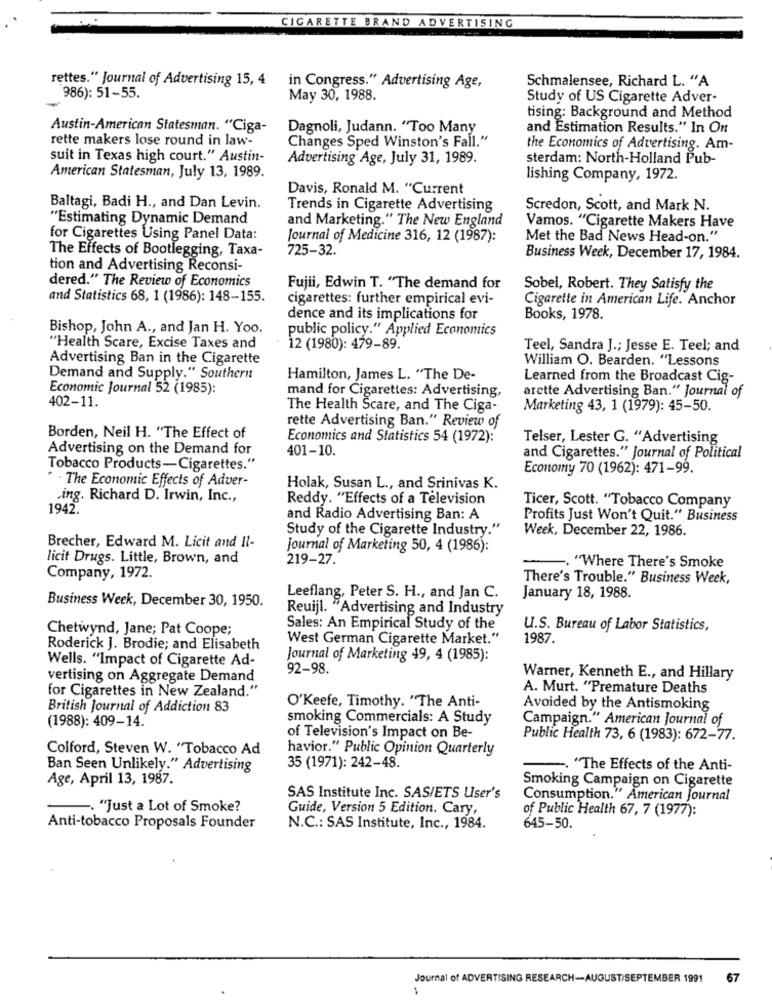
CIGARETTE BRAND ADVERTISING
rettes." Journal of Advertising 15, 4
in Congress." Advertising Age,
Schmalensee, Richard L. "A
986): 51-55.
May 30, 1988.
Study of US Cigarette Adver-
tising: Background and Method
Austin-American Statesman. "Ciga-
Dagnoli, Judann. "Too Many
and Estimation Results." In On
rette makers lose round in law-
Changes Sped Winston's Fall."
the Economics of Advertising. Am-
suit in Texas high court." Austin-
Advertising Age, July 31, 1989.
sterdam: North-Holland Pub-
American Statesman, July 13, 1989.
lishing Company, 1972.
Davis, Ronald M. "Current
Baltagi, Badi H ., and Dan Levin.
Trends in Cigarette Advertising
Scredon, Scott, and Mark N.
"Estimating Dynamic Demand
and Marketing." The New England
Vamos. "Cigarette Makers Have
for Cigarettes Using Panel Data:
Journal of Medicine 316, 12 (1987):
Met the Bad News Head-on."
The Effects of Bootlegging, Taxa-
725-32.
Business Week, December 17, 1984.
tion and Advertising Reconsi-
dered." The Review of Economics
Fujii, Edwin T. "The demand for
Sobel, Robert. They Satisfy the
and Statistics 68, 1 (1986): 148-155.
cigarettes: further empirical evi-
Cigarette in American Life. Anchor
dence and its implications for
Books, 1978.
Bishop, John A ., and Jan H. Yoo.
public policy." Applied Economics
"Health Scare, Excise Taxes and
12 (1980): 479-89.
Teel, Sandra J .; Jesse E. Teel; and
Advertising Ban in the Cigarette
William O. Bearden. "Lessons
Demand and Supply." Southern
Hamilton, James L. "The De-
Learned from the Broadcast Cig-
Economic Journal 52 (1985):
mand for Cigarettes: Advertising,
arette Advertising Ban." Journal of
402-11.
The Health Scare, and The Ciga-
Marketing 43, 1 (1979): 45-50.
rette Advertising Ban." Review of
Borden, Neil H. "The Effect of
Economics and Statistics 54 (1972):
Telser, Lester G. "Advertising
Advertising on the Demand for
401-10.
and Cigarettes." Journal of Political
Tobacco Products-Cigarettes."
Economy 70 (1962): 471-99.
. The Economic Effects of Adver-
Holak, Susan L ., and Srinivas K.
.ing. Richard D. Irwin, Inc .,
Reddy. "Effects of a Television
Ticer, Scott. "Tobacco Company
1942.
and Radio Advertising Ban: A
Profits Just Won't Quit." Business
Study of the Cigarette Industry."
Week, December 22, 1986.
Brecher, Edward M. Licit and Il-
Journal of Marketing 50, 4 (1986):
licit Drugs. Little, Brown, and
219-27."
. "Where There's Smoke
Company, 1972.
There's Trouble." Business Week,
Business Week, December 30, 1950.
Leeflang, Peter S. H ., and Jan C.
January 18, 1988.
Reuijl. "Advertising and Industry
Chetwynd, Jane; Pat Coope;
Sales: An Empirical Study of the
U.S. Bureau of Labor Statistics,
West German Cigarette Market."
1987.
Roderick J. Brodie; and Elisabeth
Wells. "Impact of Cigarette Ad-
Journal of Marketing 49, 4 (1985):
92-98.
vertising on Aggregate Demand
Warner, Kenneth E ., and Hillary
for Cigarettes in New Zealand."
A. Murt. "Premature Deaths
British Journal of Addiction 83
O'Keefe, Timothy. "The Anti-
Avoided by the Antismoking
smoking Commercials: A Study
Campaign." American Journal of
(1988): 409-14.
of Television's Impact on Be-
Public Health 73, 6 (1983): 672-77.
Colford, Steven W. "Tobacco Ad
havior." Public Opinion Quarterly
Ban Seen Unlikely." Advertising
35 (1971): 242-48.
. "The Effects of the Anti-
Age, April 13, 1987.
Smoking Campaign on Cigarette
SAS Institute Inc. SAS/ETS User's
Consumption." American Journal
..... "Just a Lot of Smoke?
Guide, Version 5 Edition. Cary,
of Public Health 67, 7 (1977):
Anti-tobacco Proposals Founder
N.C .: SAS Institute, Inc ., 1984.
645-50.
Journal of ADVERTISING RESEARCH-AUGUST/SEPTEMBER 1991
67